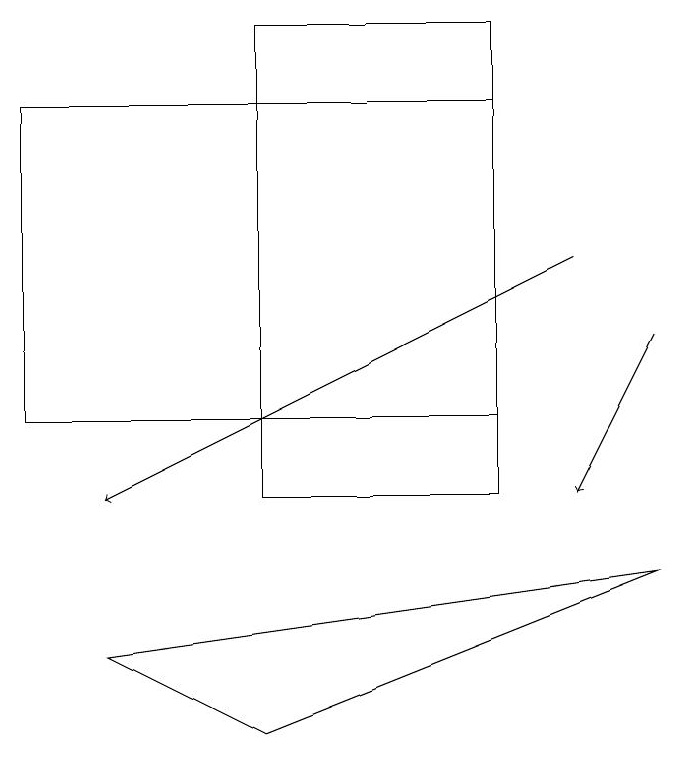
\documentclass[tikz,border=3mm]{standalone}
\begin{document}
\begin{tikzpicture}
\draw (4,7) -- (9,9) -- (2,8) -- cycle;
\draw[->] (8,13) -- (2,10);
\draw (7,10) rectangle (4,16);
\draw[->] (9,12) -- (8,10);
\draw (1,11) rectangle (7,15);
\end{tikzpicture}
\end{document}